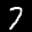
Label: 7